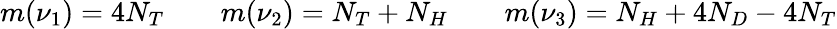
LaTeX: \begin{array}{r}{m(\nu_{1})=4N_{T}\qquad m(\nu_{2})=N_{T}+N_{H}\qquad m(\nu_{3})=N_{H}+4N_{D}-4N_{T}}\end{array}